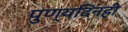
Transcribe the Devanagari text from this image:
पुण्यदिनही